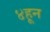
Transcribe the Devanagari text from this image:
४हून